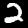
Digit: 2